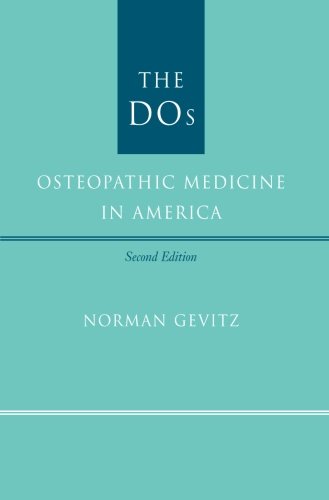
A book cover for The DOs: Osteopathic Medicine in America; Norman Gevitz; Medical Books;